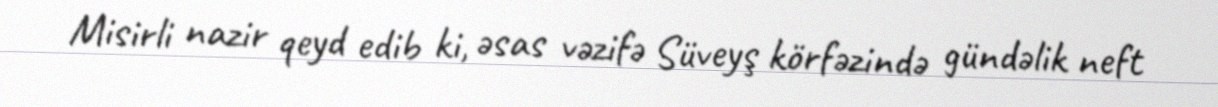
Misirli nazir qeyd edib ki, əsas vəzifə Süveyş körfəzində gündəlik neft